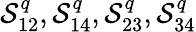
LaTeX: \mathcal{S}_{12}^{q},\mathcal{S}_{14}^{q},\mathcal{S}_{23}^{q},\mathcal{S}_{34}^{q}